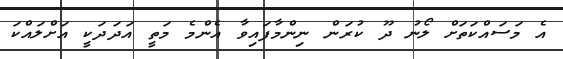
އެ މަސައްކަތަށް ލޯނު ދޫ ކުރަން ނިންމާފައިވާ އެންމެ މަތީ އަދަދަކީ އަށްލައްކަ